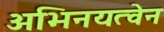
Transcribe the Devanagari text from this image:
अभिनयत्वेन